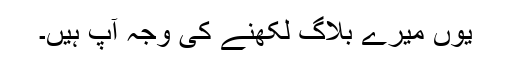
یوں میرے بلاگ لکھنے کی وجہ آپ ہیں۔